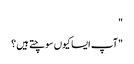
"
"آپ ایسا کیوں سوچتے ہیں ؟